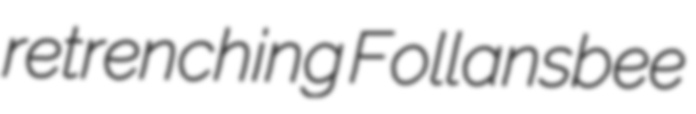
retrenching Follansbee